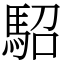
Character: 駋